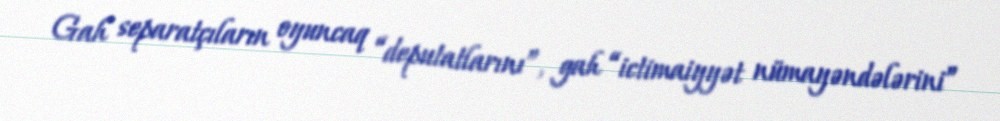
Gah separatçıların oyuncaq “deputatlarını”, gah “ictimaiyyət nümayəndələrini”